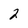
Character: 2